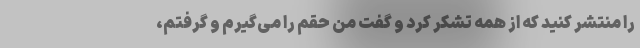
را منتشر کنید که از همه تشکر کرد و گفت من حقم را می‌گیرم و گرفتم،